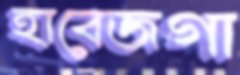
হাবেজগা